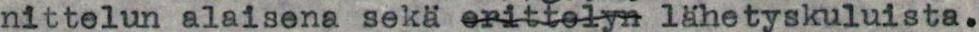
nittelun alaisena sekä erittelyn lähetyskuluista.